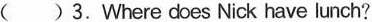
( )3.Where does Nick have lunch?